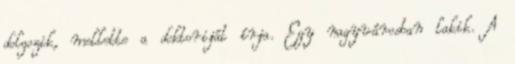
dolgozik, mellette a doktoriját írja. Egy nagyvárosban lakik. A